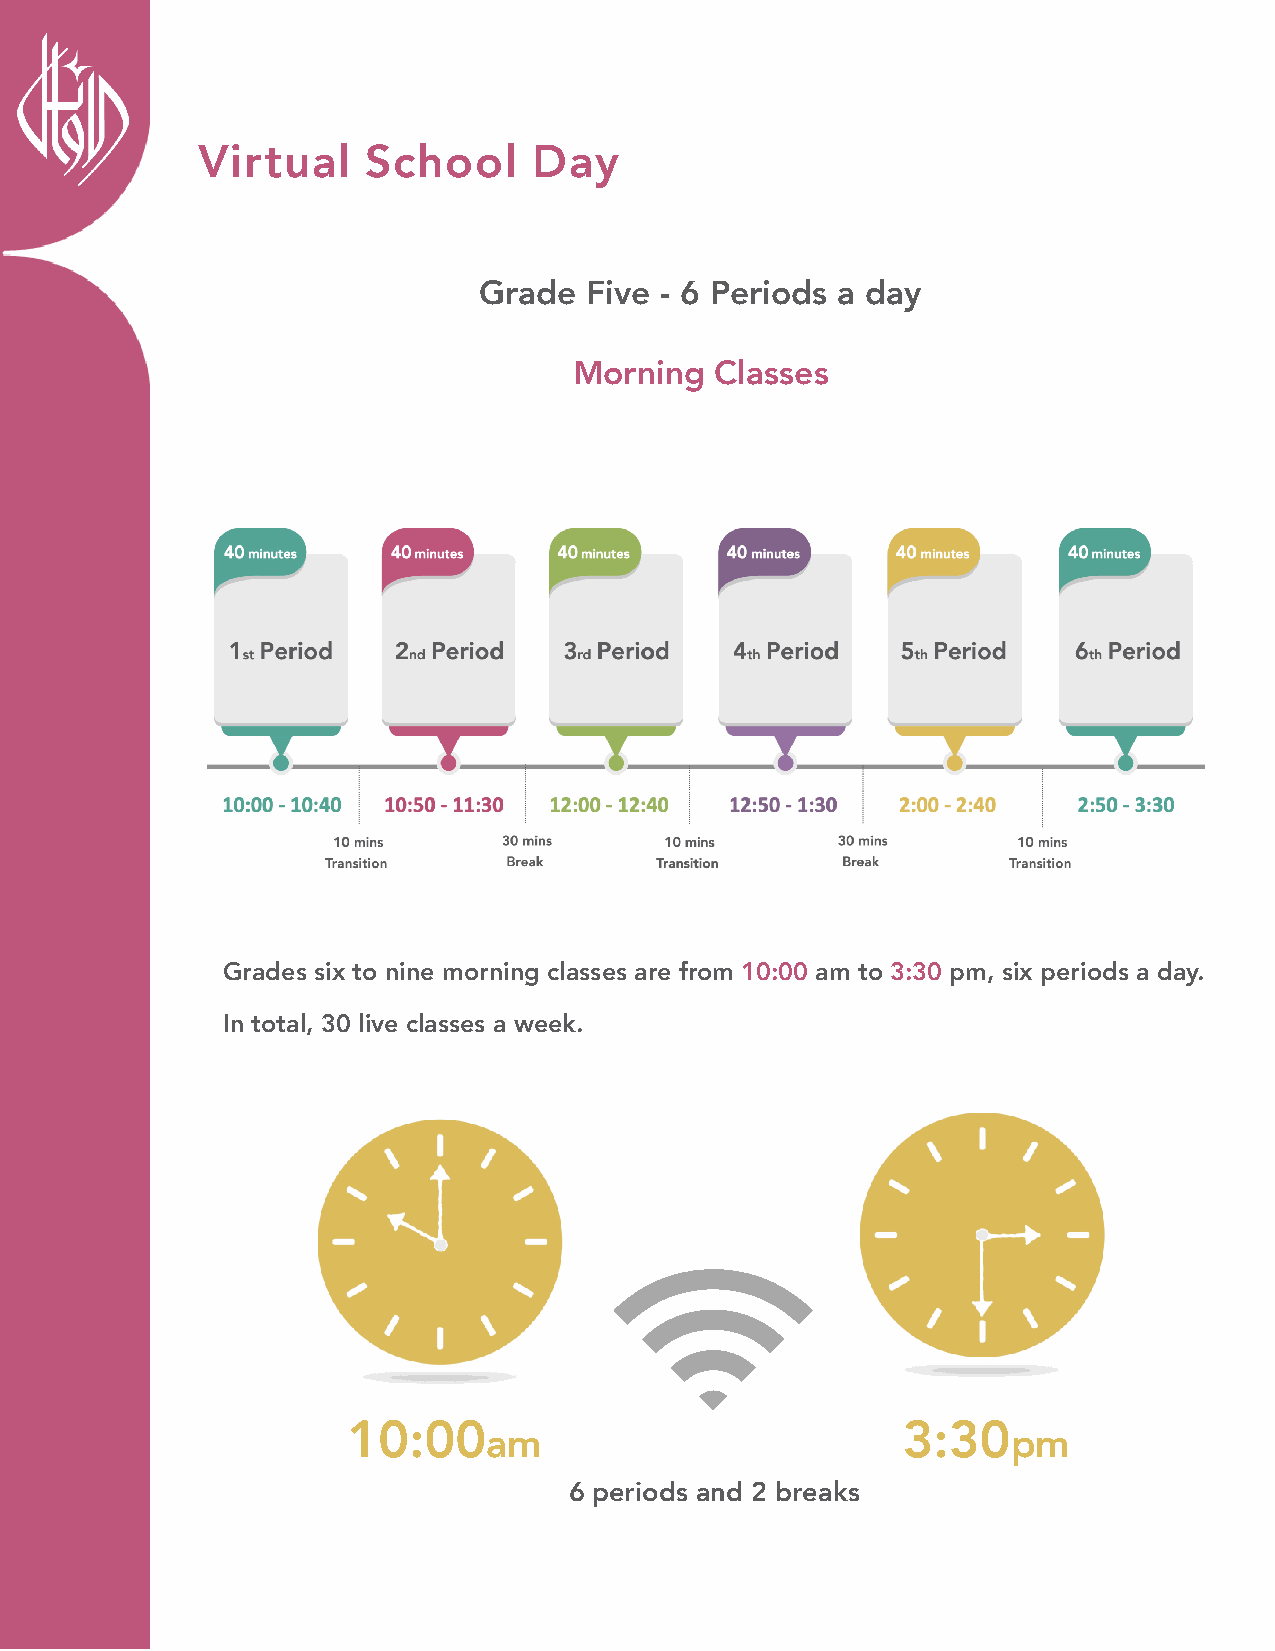
Virtual    School     Day
 Grade  Five - 6 Periods a day
 Morning  Classes
 Grades six to nine morning classes are from 10:00 am to 3:30 pm, six periods a day.
 In total, 30 live classes a week.
 10:00am                              3:30pm
 6 periods and 2 breaks